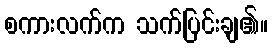
စကားလက်က သက်ပြင်းချ၏။